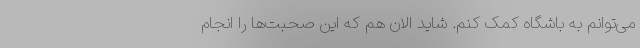
می‌توانم به باشگاه کمک کنم. شاید الان هم که این صحبت‌ها را انجام